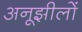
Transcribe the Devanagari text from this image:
अनूझीलों